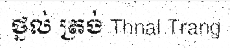
ថ្នល់ ត្រង់ Thnal Trang